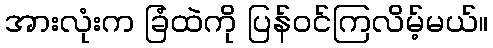
အားလုံးက ခြံထဲကို ပြန်ဝင်ကြလိမ့်မယ်။